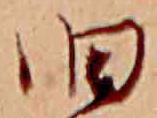
旧